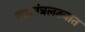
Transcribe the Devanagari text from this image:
स्वातंत्रलढ्यात